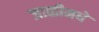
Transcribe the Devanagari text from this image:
जाळीमधे